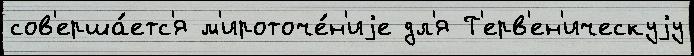
сов'ерша́етс'я м'ироточе́н'иjе дл'я Т'ерв'ен'ическуjу